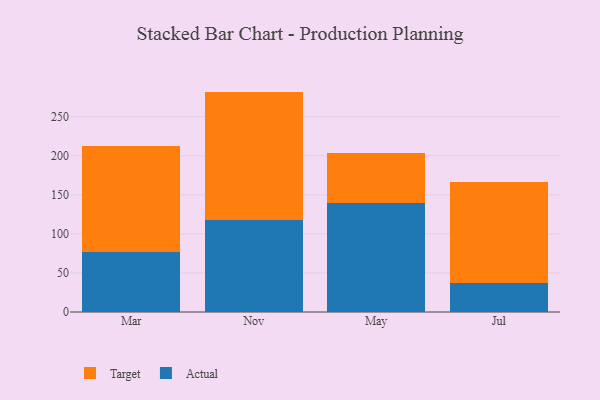
{"axis": {"x": "Month", "y": "Churn Rate (%)"}, "legend": ["Actual", "Target"], "data": [{"x": "Mar", "y": 76.6, "type": "Actual"}, {"x": "Mar", "y": 136.1, "type": "Target"}, {"x": "Nov", "y": 117.5, "type": "Actual"}, {"x": "Nov", "y": 164.6, "type": "Target"}, {"x": "May", "y": 139.9, "type": "Actual"}, {"x": "May", "y": 64.2, "type": "Target"}, {"x": "Jul", "y": 37.4, "type": "Actual"}, {"x": "Jul", "y": 129.5, "type": "Target"}]}